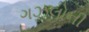
ગઝલોની